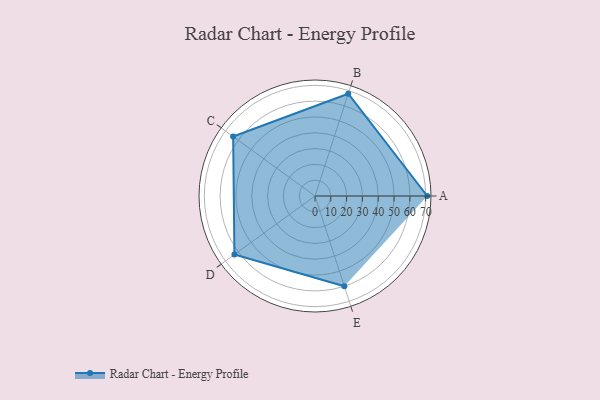
{"axis": {"x": "Skill", "y": "Score"}, "legend": ["Profile"], "data": [{"x": "A", "y": 71.0, "type": "Profile"}, {"x": "B", "y": 68.0, "type": "Profile"}, {"x": "C", "y": 64.0, "type": "Profile"}, {"x": "D", "y": 63.0, "type": "Profile"}, {"x": "E", "y": 60.0, "type": "Profile"}]}